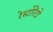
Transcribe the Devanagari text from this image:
रेस्‍टोरेंटो